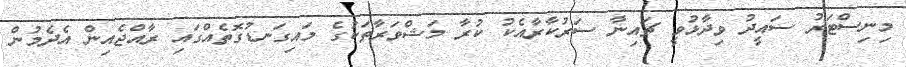
މިނިސްޓަރު ސައީދު ވިދާޅުވީ ޗައިނާ ސަރުކާރާއެކު ކުރާ މަޝްވަރާތަކުގެ މައިގަނޑުގޮތެއްގައި ރާއްޖެއިން އެދެމުން